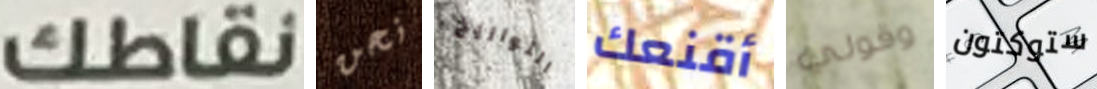
نقاطك نحن التواريخ أقنعك وقولي ستوكتون